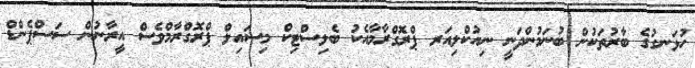
ހުޅަނގުގެ ބާރުތަކުން ބުނަމުންދަނީ ނިއުކްލިއަރ ޕްރޮގްރާމާއެކު ބެލިސްޓިކް މިސައިލް ޕްރޮގްރާމްވެސް އީރާނުން ސަސްޕެންޑް